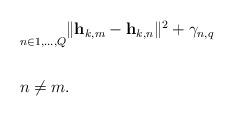
LaTeX: \begin{align*}\begin{aligned}& \underset{n \in {1, \ldots , Q}}{} \| \mathbf{h}_{k,m} - \mathbf{h}_{k,n} \|^2 + \gamma_{n,q} \\& \\& n \neq m. \\\end{aligned}\end{align*}